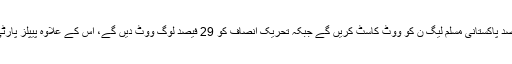
اگر آج ہی الیکشن ہوتا ہے تو 32 فیصد پاکستانی مسلم لیگ ن کو ووٹ کاسٹ کریں گے جبکہ تحریک انصاف کو 29 فیصد لوگ ووٹ دیں گے، اس کے علاوہ پیپلز پارٹی کو 13 فیصد ووٹ مل سکتے ہیں۔